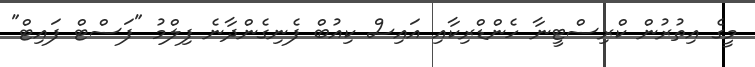
މީގެ އިތުރުން ކްރިސްޓީނާ ހެންޑްރިކާއި އައިސް ކިއުބް ފެނިގެންދާނެ ފިލްމު "ފަސްޓް ފައިޓް"